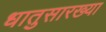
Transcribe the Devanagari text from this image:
धातुसारख्या